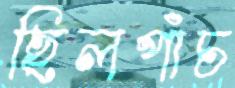
ছিলপাঁচ